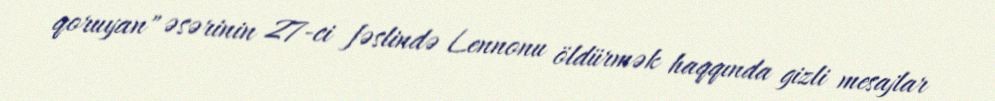
qoruyan" əsərinin 27-ci fəslində Lennonu öldürmək haqqında gizli mesajlar